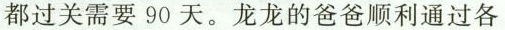
都过关需要90天。龙龙的爸爸顺利通过各